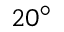
2 0 ^ { \circ }